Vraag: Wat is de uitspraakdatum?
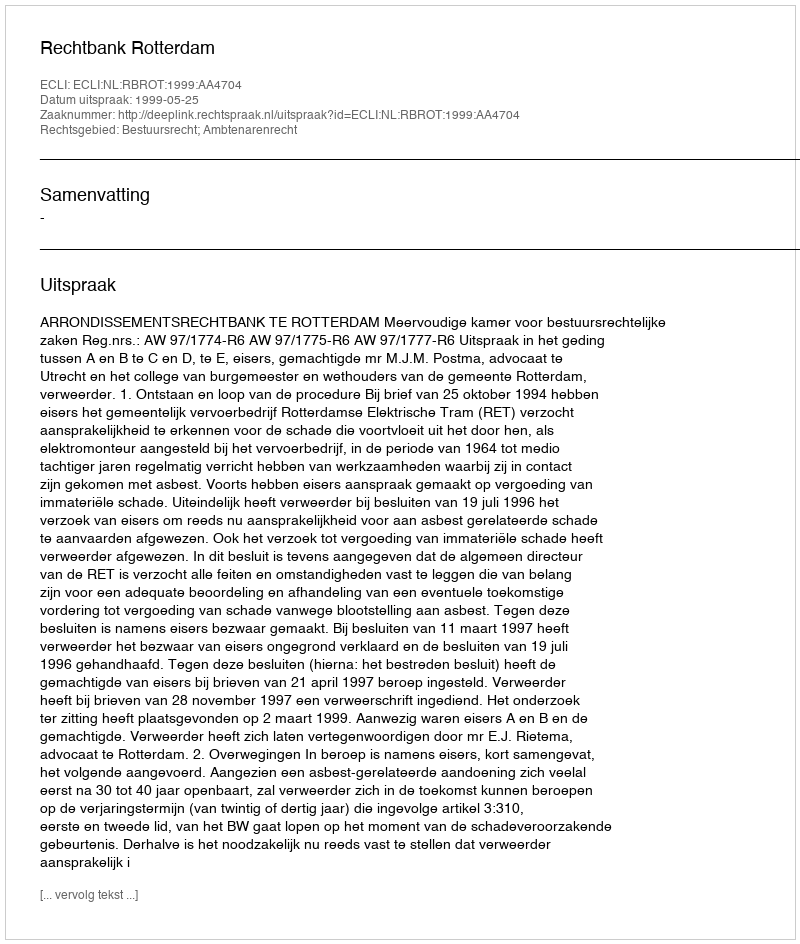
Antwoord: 1999-05-25